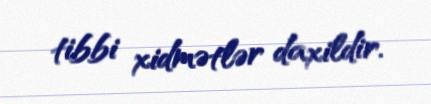
tibbi xidmətlər daxildir.